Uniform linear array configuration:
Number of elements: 24
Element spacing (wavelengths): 1
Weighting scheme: uniform
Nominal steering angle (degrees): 45
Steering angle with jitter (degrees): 44.564
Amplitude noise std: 0.05
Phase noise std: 0.05

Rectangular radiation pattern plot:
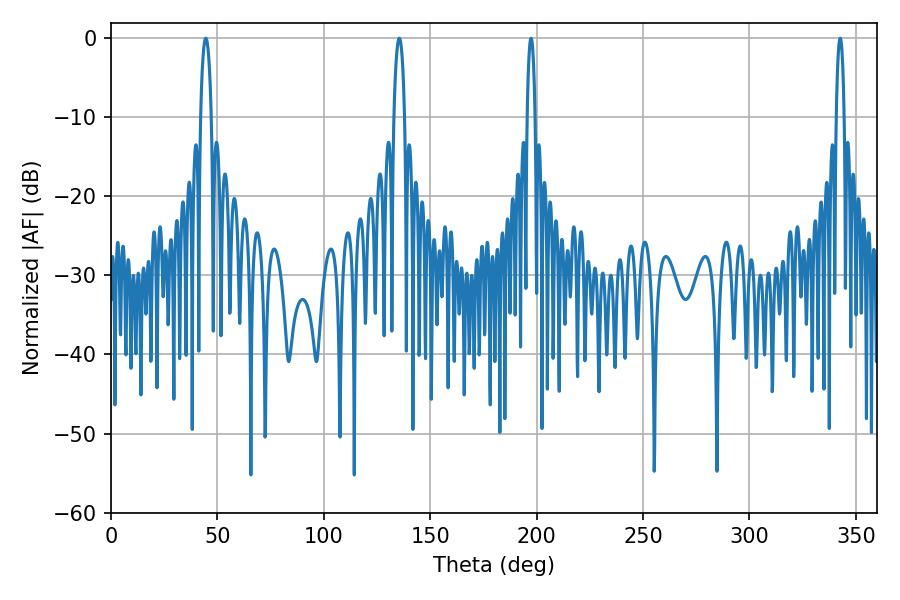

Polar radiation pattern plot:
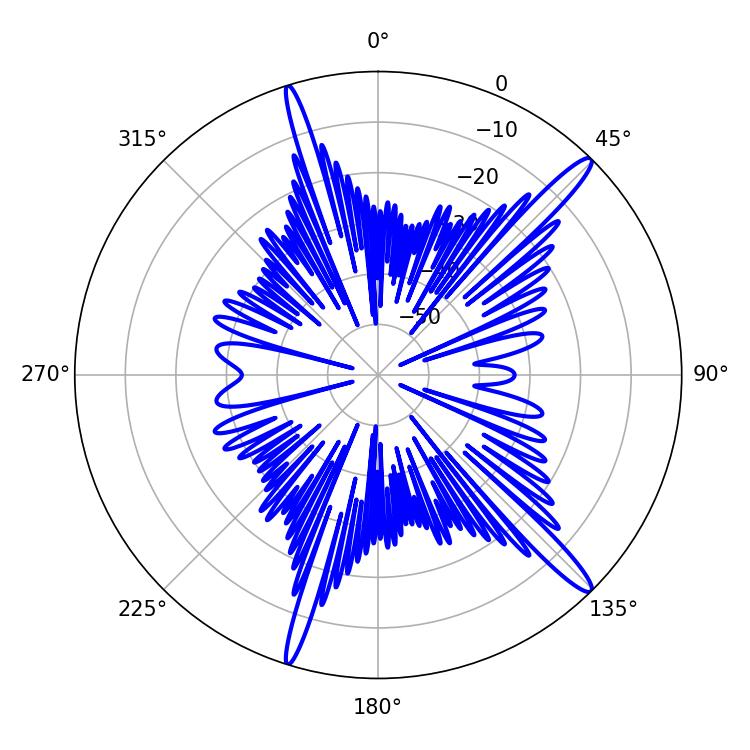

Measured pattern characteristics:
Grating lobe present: TRUE
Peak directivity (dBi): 15.587
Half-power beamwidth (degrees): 2.7
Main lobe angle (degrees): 44.46